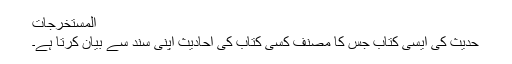
المستخرجات
حدیث کی ایسی کتاب جس کا مصنف کسی کتاب کی احادیث اپنی سند سے بیان کرتا ہے۔